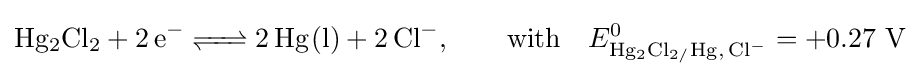
{\ce {Hg2Cl2 + 2e- <=> 2Hg(l) + 2Cl^-}},\qquad {\ce {with}}\quad E_{{\ce {Hg2Cl2/Hg, Cl-}}}^{0}=+0.27\ {\ce {V}}